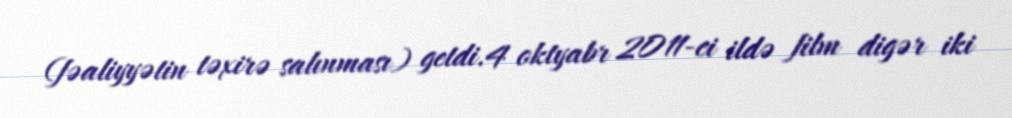
(fəaliyyətin təxirə salınması) getdi.4 oktyabr 2011-ci ildə film digər iki